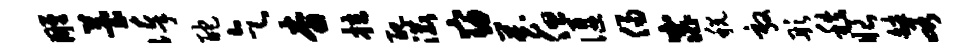
雕苔俸酡乞杳拉配漉窈藏但偃侵窕税敦彤秩眼皤峪